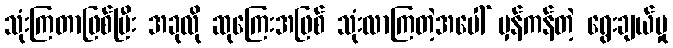
သုံးကြတာဖြစ်ပြီး အခုလို ဆုကြေးအဖြစ် သုံးလာကြတဲ့အပေါ် မှန်ကန်တဲ့ ရွေးချယ်မှု